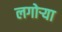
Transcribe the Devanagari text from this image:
लगोर्‍या